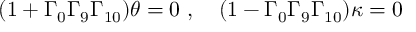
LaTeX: ( 1 + \Gamma _ { 0 } \Gamma _ { 9 } \Gamma _ { 1 0 } ) \theta = 0 \ , \quad ( 1 - \Gamma _ { 0 } \Gamma _ { 9 } \Gamma _ { 1 0 } ) \kappa = 0